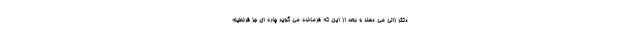
دکتر زالی می دهند و بعد از این که فرمانده می گوید چاره ای جز قرنطینه